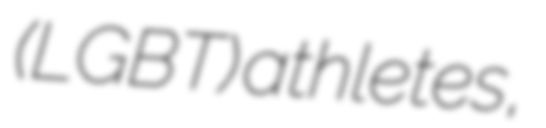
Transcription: (LGBT) athletes,